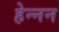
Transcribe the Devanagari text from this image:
हेन्नन